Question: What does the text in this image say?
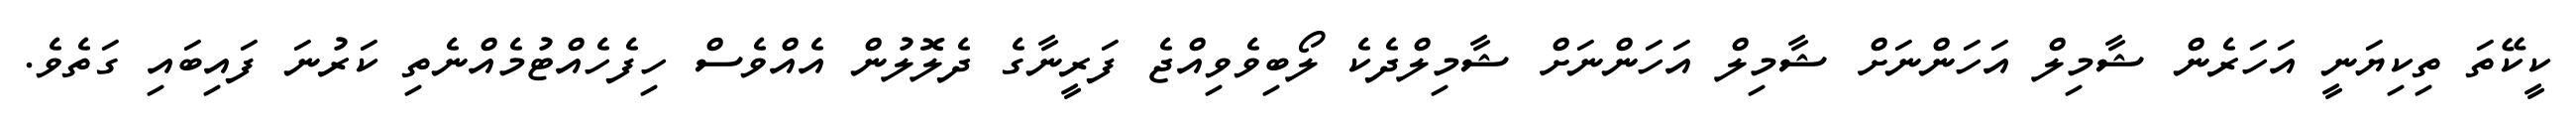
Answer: ކީކޭތަ ތިކިޔަނީ އަހަރެން ޝާމިލް އަހަންނަށް ޝާމިލް އަހަންނަށް ޝާމިލްދެކެ ލޯބިވެވިއްޖެ ފަރީނާގެ ދެލޮލުން އެއްވެސް ހިފެހެއްޓުމެއްނެތި ކަރުނަ ފައިބައި ގަތެވެ.